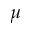
\mu